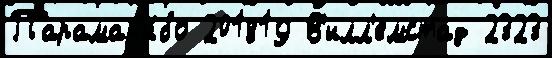
Парамар'и́бо 201819 В'илл'емстад 2323